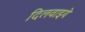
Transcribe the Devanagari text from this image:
दिलवाइये